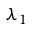
\lambda _ { 1 }